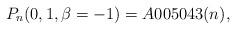
LaTeX: \begin{gather*}P_n(0,1,\beta=-1)= A005043(n),\end{gather*}